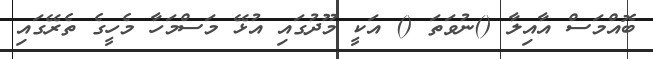
ބޮއްމަސް އާއިލާ ()ނުވަތަ () އަކީ މޫދުގައި އުޅޭ މަސްމަހާ މެހީގެ ތެރޭގައި